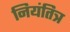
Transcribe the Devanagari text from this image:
नियंतित्र